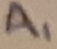
Text: A1